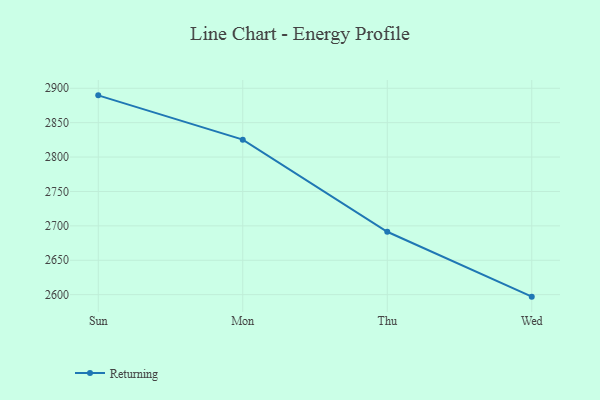
{"axis": {"x": "Day", "y": "Inventory Turnover"}, "legend": ["Returning"], "data": [{"x": "Sun", "y": 2889.7, "type": "Returning"}, {"x": "Mon", "y": 2825.3, "type": "Returning"}, {"x": "Thu", "y": 2691.4, "type": "Returning"}, {"x": "Wed", "y": 2597.1, "type": "Returning"}]}